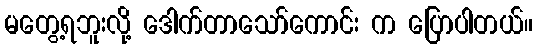
မတွေ့ရဘူးလို့ ဒေါက်တာသော်ကောင်း က ပြောပါတယ်။